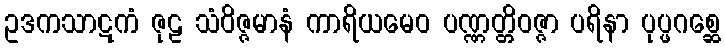
ဥဒကသာဋကံ ဇုဠ သံဝိဇ္ဇမာနံ ကာရိယမေဝ ပဏ္ဏတ္တိဝဇ္ဇာ ပရိနာ ပုပ္ဖဂစ္ဆေ